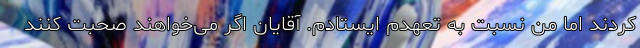
کردند اما من نسبت به تعهدم ایستادم. آقایان اگر می‌خواهند صحبت کنند